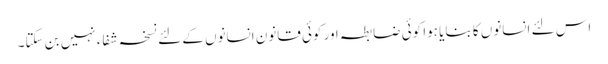
اس لئے انسانوں کا بنایا ہوا کوئی ضابطہ اور کوئی قانون انسانوں کے لئے نسخہ شفاء نہیں بن سکتا۔